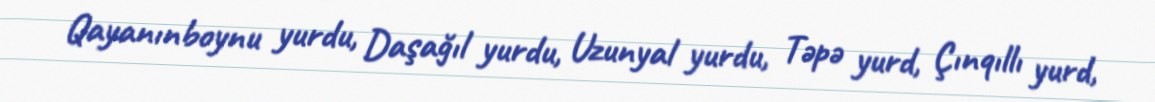
Qayanınboynu yurdu, Daşağıl yurdu, Uzunyal yurdu, Təpə yurd, Çınqıllı yurd,